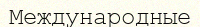
Международные